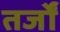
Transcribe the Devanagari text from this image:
तर्जों